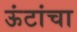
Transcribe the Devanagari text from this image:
ऊंटांचा